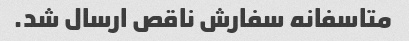
متاسفانه سفارش ناقص ارسال شد.